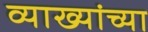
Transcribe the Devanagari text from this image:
व्याख्यांच्या